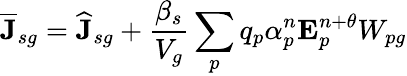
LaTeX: \overline{{\mathbf{J}}}_{sg}=\widehat{\mathbf{J}}_{sg}+\frac{\beta_{s}}{V_{g}}\sum_{p}q_{p}{\alpha}_{p}^{n}\mathbf{E}_{p}^{n+\theta}W_{pg}